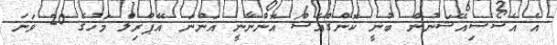
އެ އެސޯސިއޭޝަނުން ބުނީ ކޮންގްެއެސް އޮންނާނީ އަންނަ އޭޕްރިލް މަހުގެ 20 ވަނަ